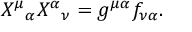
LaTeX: X ^ { \mu } { } _ { \alpha } X ^ { \alpha } { } _ { \nu } = g ^ { \mu \alpha } f _ { \nu \alpha } .